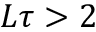
L \tau > 2